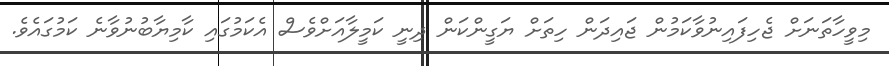
މިވީހާތަނަށް ޖެހިފައިނުވާކަމުން ޖައިދަން ހިތަށް ޔަގީންކަން ދިނީ ކަމީލާއަށްވެސް އެކަމުގައި ކާމިޔާބުނުވާނެ ކަމުގައެވެ.